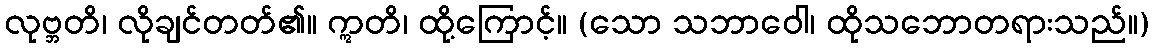
လုဗ္ဘတိ၊ လိုချင်တတ်၏။ ဣတိ၊ ထို့ကြောင့်။ (သော သဘာဝေါ၊ ထိုသဘောတရားသည်။)